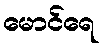
မောင်ရေ